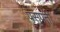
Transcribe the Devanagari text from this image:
पसुपती